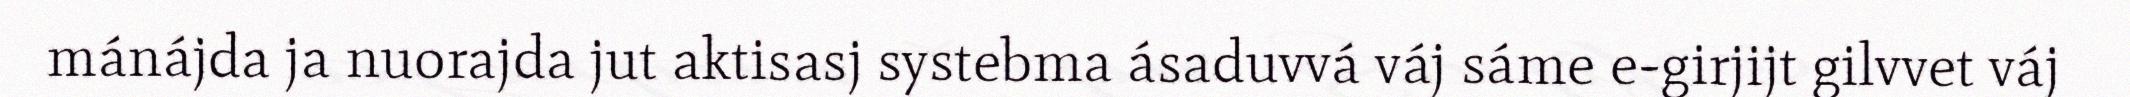
mánájda ja nuorajda jut aktisasj systebma ásaduvvá váj sáme e-girjijt gilvvet váj